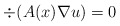
\begin{align*} \div (A(x) \nabla u) = 0\end{align*}